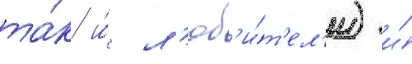
та́к и́ л'юб'и́т'ел'и) и́